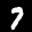
Label: 7